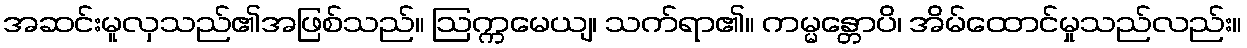
အဆင်းမူလှသည်၏အဖြစ်သည်။ ဩက္ကမေယျ၊ သက်ရာ၏။ ကမ္မန္တောပိ၊ အိမ်ထောင်မှုသည်လည်း။